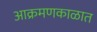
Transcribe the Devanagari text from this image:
आक्रमणकाळात